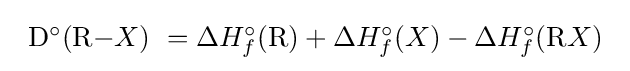
{\begin{array}{lcl}\mathrm {D^{\circ }(R-} X)\ =\Delta H_{f}^{\circ }\mathrm {(R)} +\Delta H_{f}^{\circ }(X)-\Delta H_{f}^{\circ }(\mathrm {R} X)\end{array}}